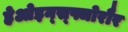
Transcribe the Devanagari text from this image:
हेओइन्स्फ्जोरौर